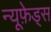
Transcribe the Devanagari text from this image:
न्यूफ़ेड्स